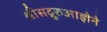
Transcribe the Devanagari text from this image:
श्रीसद्गुरुआज्ञेने